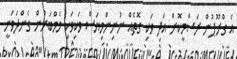
އެ ގްރޫޕުން ރަސްމީކޮށް އަދި ވަކި ގޮތެއް ނުނިންމިޔަސް ވަކިވަކި މެމްބަރުން ގެންދަވަނީ